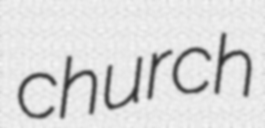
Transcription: church